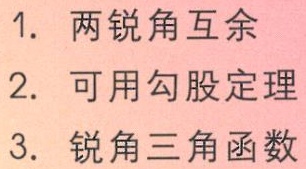
1. 两锐角互余
2. 可用勾股定理
3. 锐角三角函数